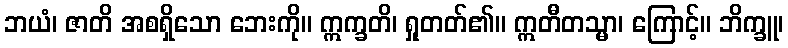
ဘယံ၊ ဇာတိ အစရှိသော ဘေးကို။ ဣက္ခတိ၊ ရှုတတ်၏။ ဣတီတသ္မာ၊ ကြောင့်။ ဘိက္ခူ၊